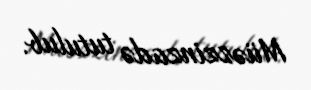
Müəzzinzadə tutulub.